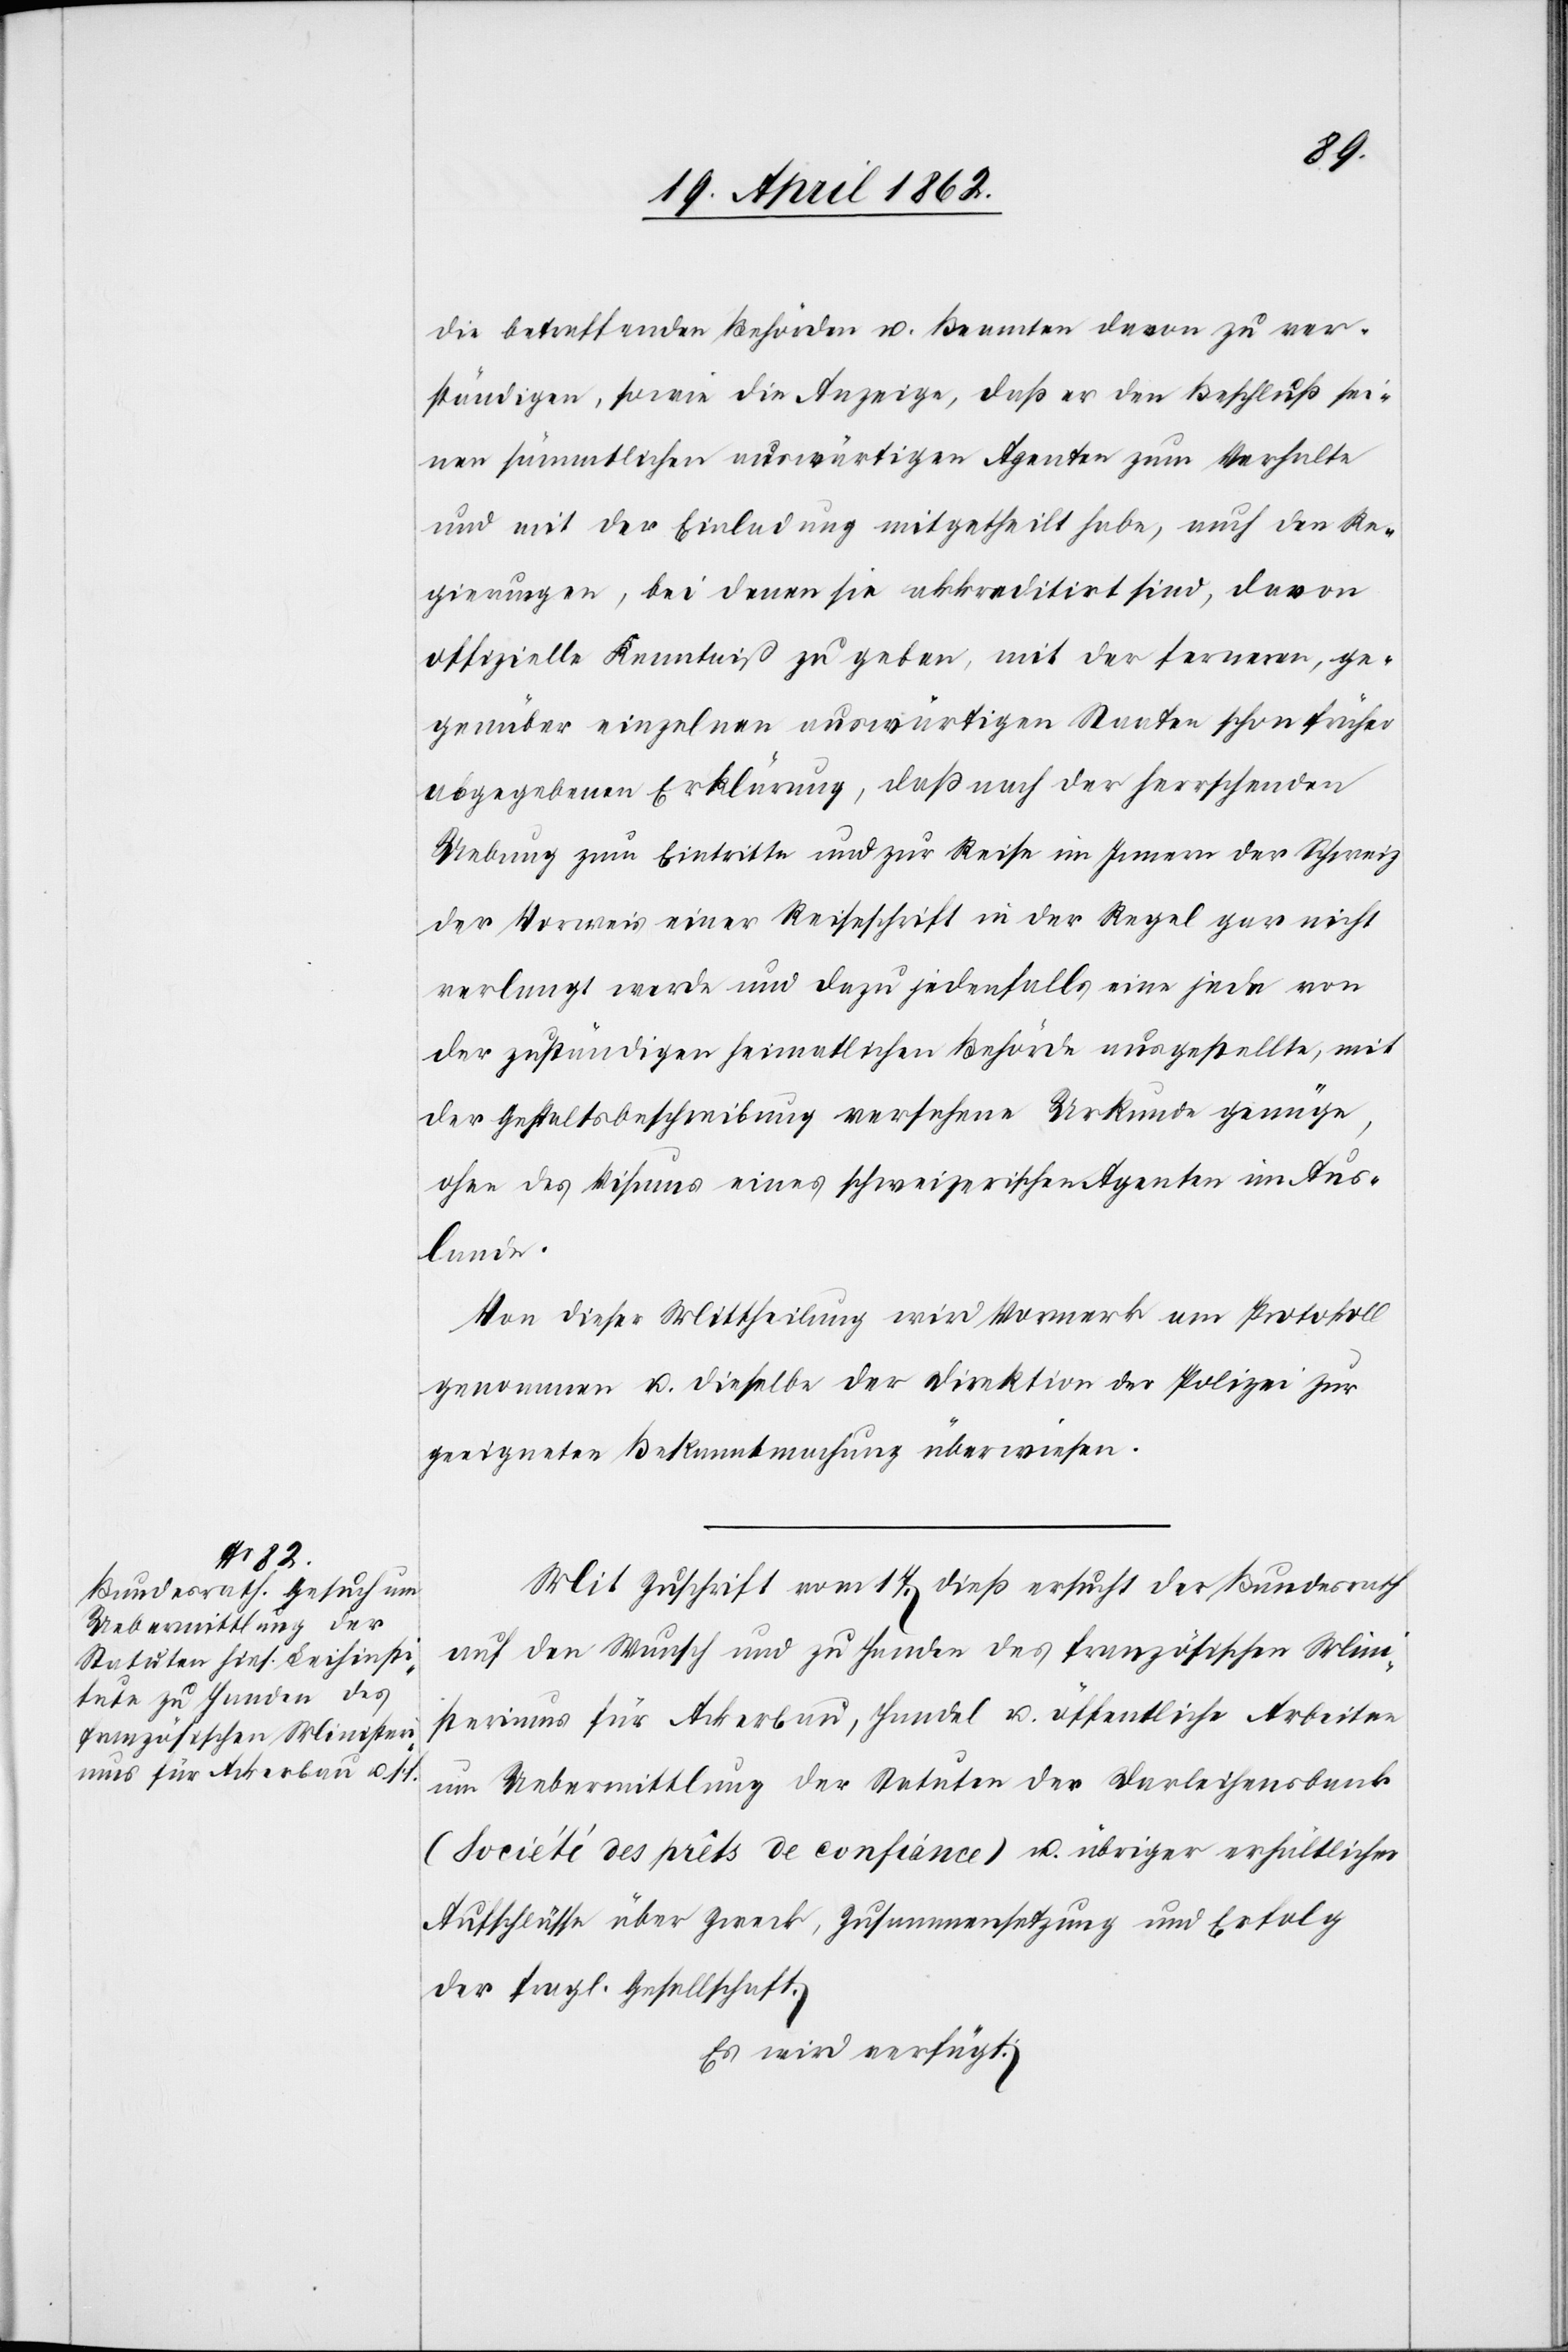
die betreffenden Behörden u. Beamten davon zu ver¬
ständigen, sowie die Anzeige, daß er den Beschluß sei¬
nen sämmtlichen auswärtigen Agenten zum Verhalte
und mit der Einladung mitgetheilt habe, auch den Re¬
gierungen, bei denen sie akkreditirt sind, davon
offizielle Kenntniß zu geben, mit der ferneren, ge¬
genüber einzelnen auswärtigen Staaten schon früher
abgegebenen Erklärung, daß nach der herrschenden
Uebung zum Eintritte und zur Reise im Innern der Schweiz
der Vorweis einer Reiseschrift in der Regel gar nicht
verlangt werde und dazu jedenfalls eine jede von
der zuständigen heimatlichen Behörde ausgestellte, mit
der Gestaltsbeschreibung versehene Urkunde genüge,
ohne des Visums eines schweizerischen Agenten im Aus¬
lande.
Von dieser Mittheilung wird Vormerk am Protokoll
genommen u. dieselbe der Direktion der Polizei zur
geeigneten Bekanntmachung überwiesen.
Mit Zuschrift vom 17. dieß ersucht der Bundesrath
auf den Wusch und zu Handen des französischen Mini¬
steriums für Ackerbau, Handel u. öffentliche Arbeiten
um Uebermittlung der Statuten der Darleihenbank
(Société des prêts de confiance) u. übriger erhältlicher
Aufschlüsse über Zweck, Zusammensetzung und Erfolg
der fragl. Gesellschaft.
Es wird verfügt: